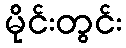
မိုင်းတွင်း